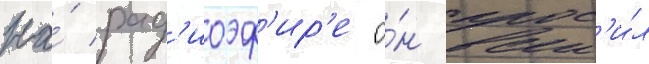
На́ рад'иоэф'ир'е о́н прос'и́л